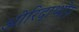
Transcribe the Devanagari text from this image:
ओरिदाथ्थोरू